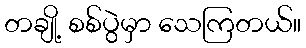
တချို့ စစ်ပွဲမှာ သေကြတယ်။